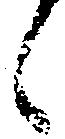
候